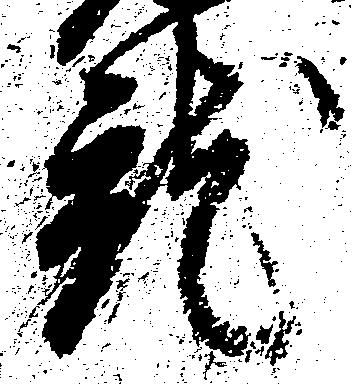
就